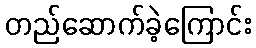
တည်ဆောက်ခဲ့ကြောင်း